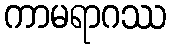
ကာမရာဂဿ